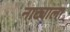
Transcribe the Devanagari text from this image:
नाट्याला